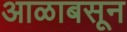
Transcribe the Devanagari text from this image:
आळाबसून